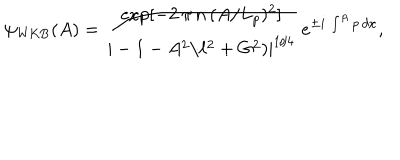
\psi _ { \mathrm { W K B } } ( A ) = \frac { \exp [ - 2 \, \pi \, n \, ( A / L _ { p } ) ^ { 2 } ] } { | - 1 - A ^ { 2 } / \ell ^ { 2 } + G ^ { 2 } ) | ^ { 1 / 4 } } \, e ^ { \pm i \, \int ^ { A } p \, d x } ,